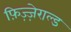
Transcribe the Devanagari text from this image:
फ़िज़्ज़ेराल्ड